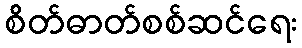
စိတ်ဓာတ်စစ်ဆင်ရေး